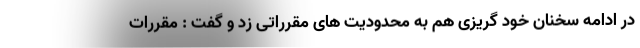
در ادامه سخنان خود گریزی هم به محدودیت های مقرراتی زد و گفت : مقررات